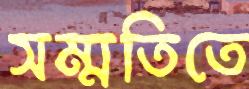
সম্মতিতে